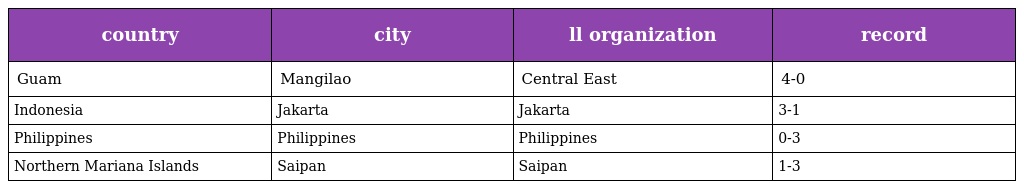
| country | city | ll organization | record |
 | --- | --- | --- | --- |
 | Guam | Mangilao | Central East | 4-0 |
 | Indonesia | Jakarta | Jakarta | 3-1 |
 | Philippines | Philippines | Philippines | 0-3 |
 | Northern Mariana Islands | Saipan | Saipan | 1-3 |